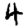
Digit: 4